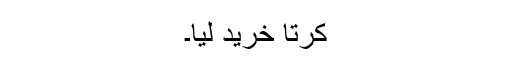
کُرتا خرید لیا۔